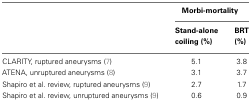
|  | <COLSPAN=2> Morbi-mortality |
 |  | Stand-alone coiling (%) | BRT (%) |
 | --- | --- | --- |
 | CLARITY, ruptured aneurysms (7) | 5.1 | 3.8 |
 | ATENA, unruptured aneurysms (8) | 3.1 | 3.7 |
 | Shapiro et al. review, ruptured aneurysms (9) | 2.7 | 1.7 |
 | Shapiro et al. review, unruptured aneurysms (9) | 0.6 | 0.9 |